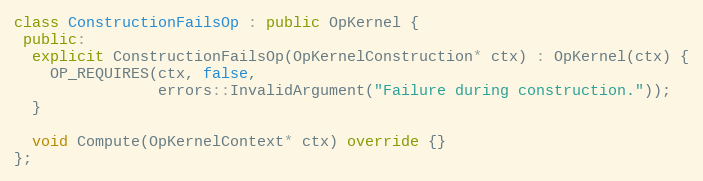
Language: C++
class ConstructionFailsOp : public OpKernel {
 public:
  explicit ConstructionFailsOp(OpKernelConstruction* ctx) : OpKernel(ctx) {
    OP_REQUIRES(ctx, false,
                errors::InvalidArgument("Failure during construction."));
  }

  void Compute(OpKernelContext* ctx) override {}
};